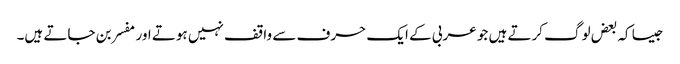
جیسا کہ بعض لوگ کرتے ہیں جو عربی کے ایک حرف سے واقف نہیں ہوتے اور مفسر بن جاتے ہیں۔